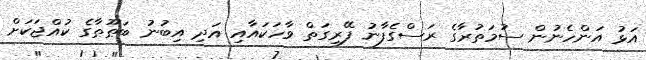
އަޅު އަންހެނުން ސުމަތުރާގެ ރަސްގެފާނު ފޭރިގަތް ވާހަކައާއި އަދި އިބުނު ބަޠޫޠާގެ ކުއްޖަކަށް